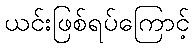
ယင်းဖြစ်ရပ်ကြောင့်